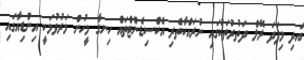
އަދި މިފަދަ ރޭލް ދަތުރުތަކުގައި ނުރައްކާތެރި އެކްސިޑެންޓްތައް ހިނގާ މީހުން މަރުވުމަކީ އިންޑިއާގައި